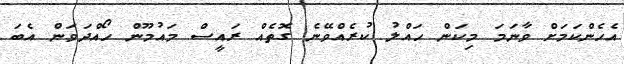
އެހެންކަމަށް ވާނަމަ މިކަން ހައްލު ކުރެއްވޭނެ ގޮތެއް ރައީސް މައުމޫން ހޯއްދަވަން އެބަ